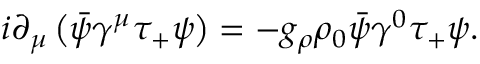
i \partial _ { \mu } \left( \bar { \psi } \gamma ^ { \mu } \tau _ { + } \psi \right) = - g _ { \rho } \rho _ { 0 } \bar { \psi } \gamma ^ { 0 } \tau _ { + } \psi .